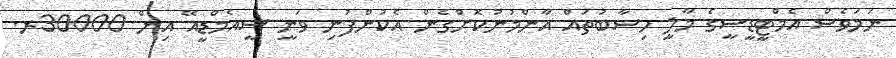
ނަމަވެސް އެމްޓީޑީސީގެ މާލީ ހިސާބުތައް އާންމުނުކޮށްގެން އެކުންފުނި ވަނީ ސީއެމްޑީއޭ އިން 30000ރ.